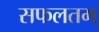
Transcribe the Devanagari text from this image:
सफलतम्